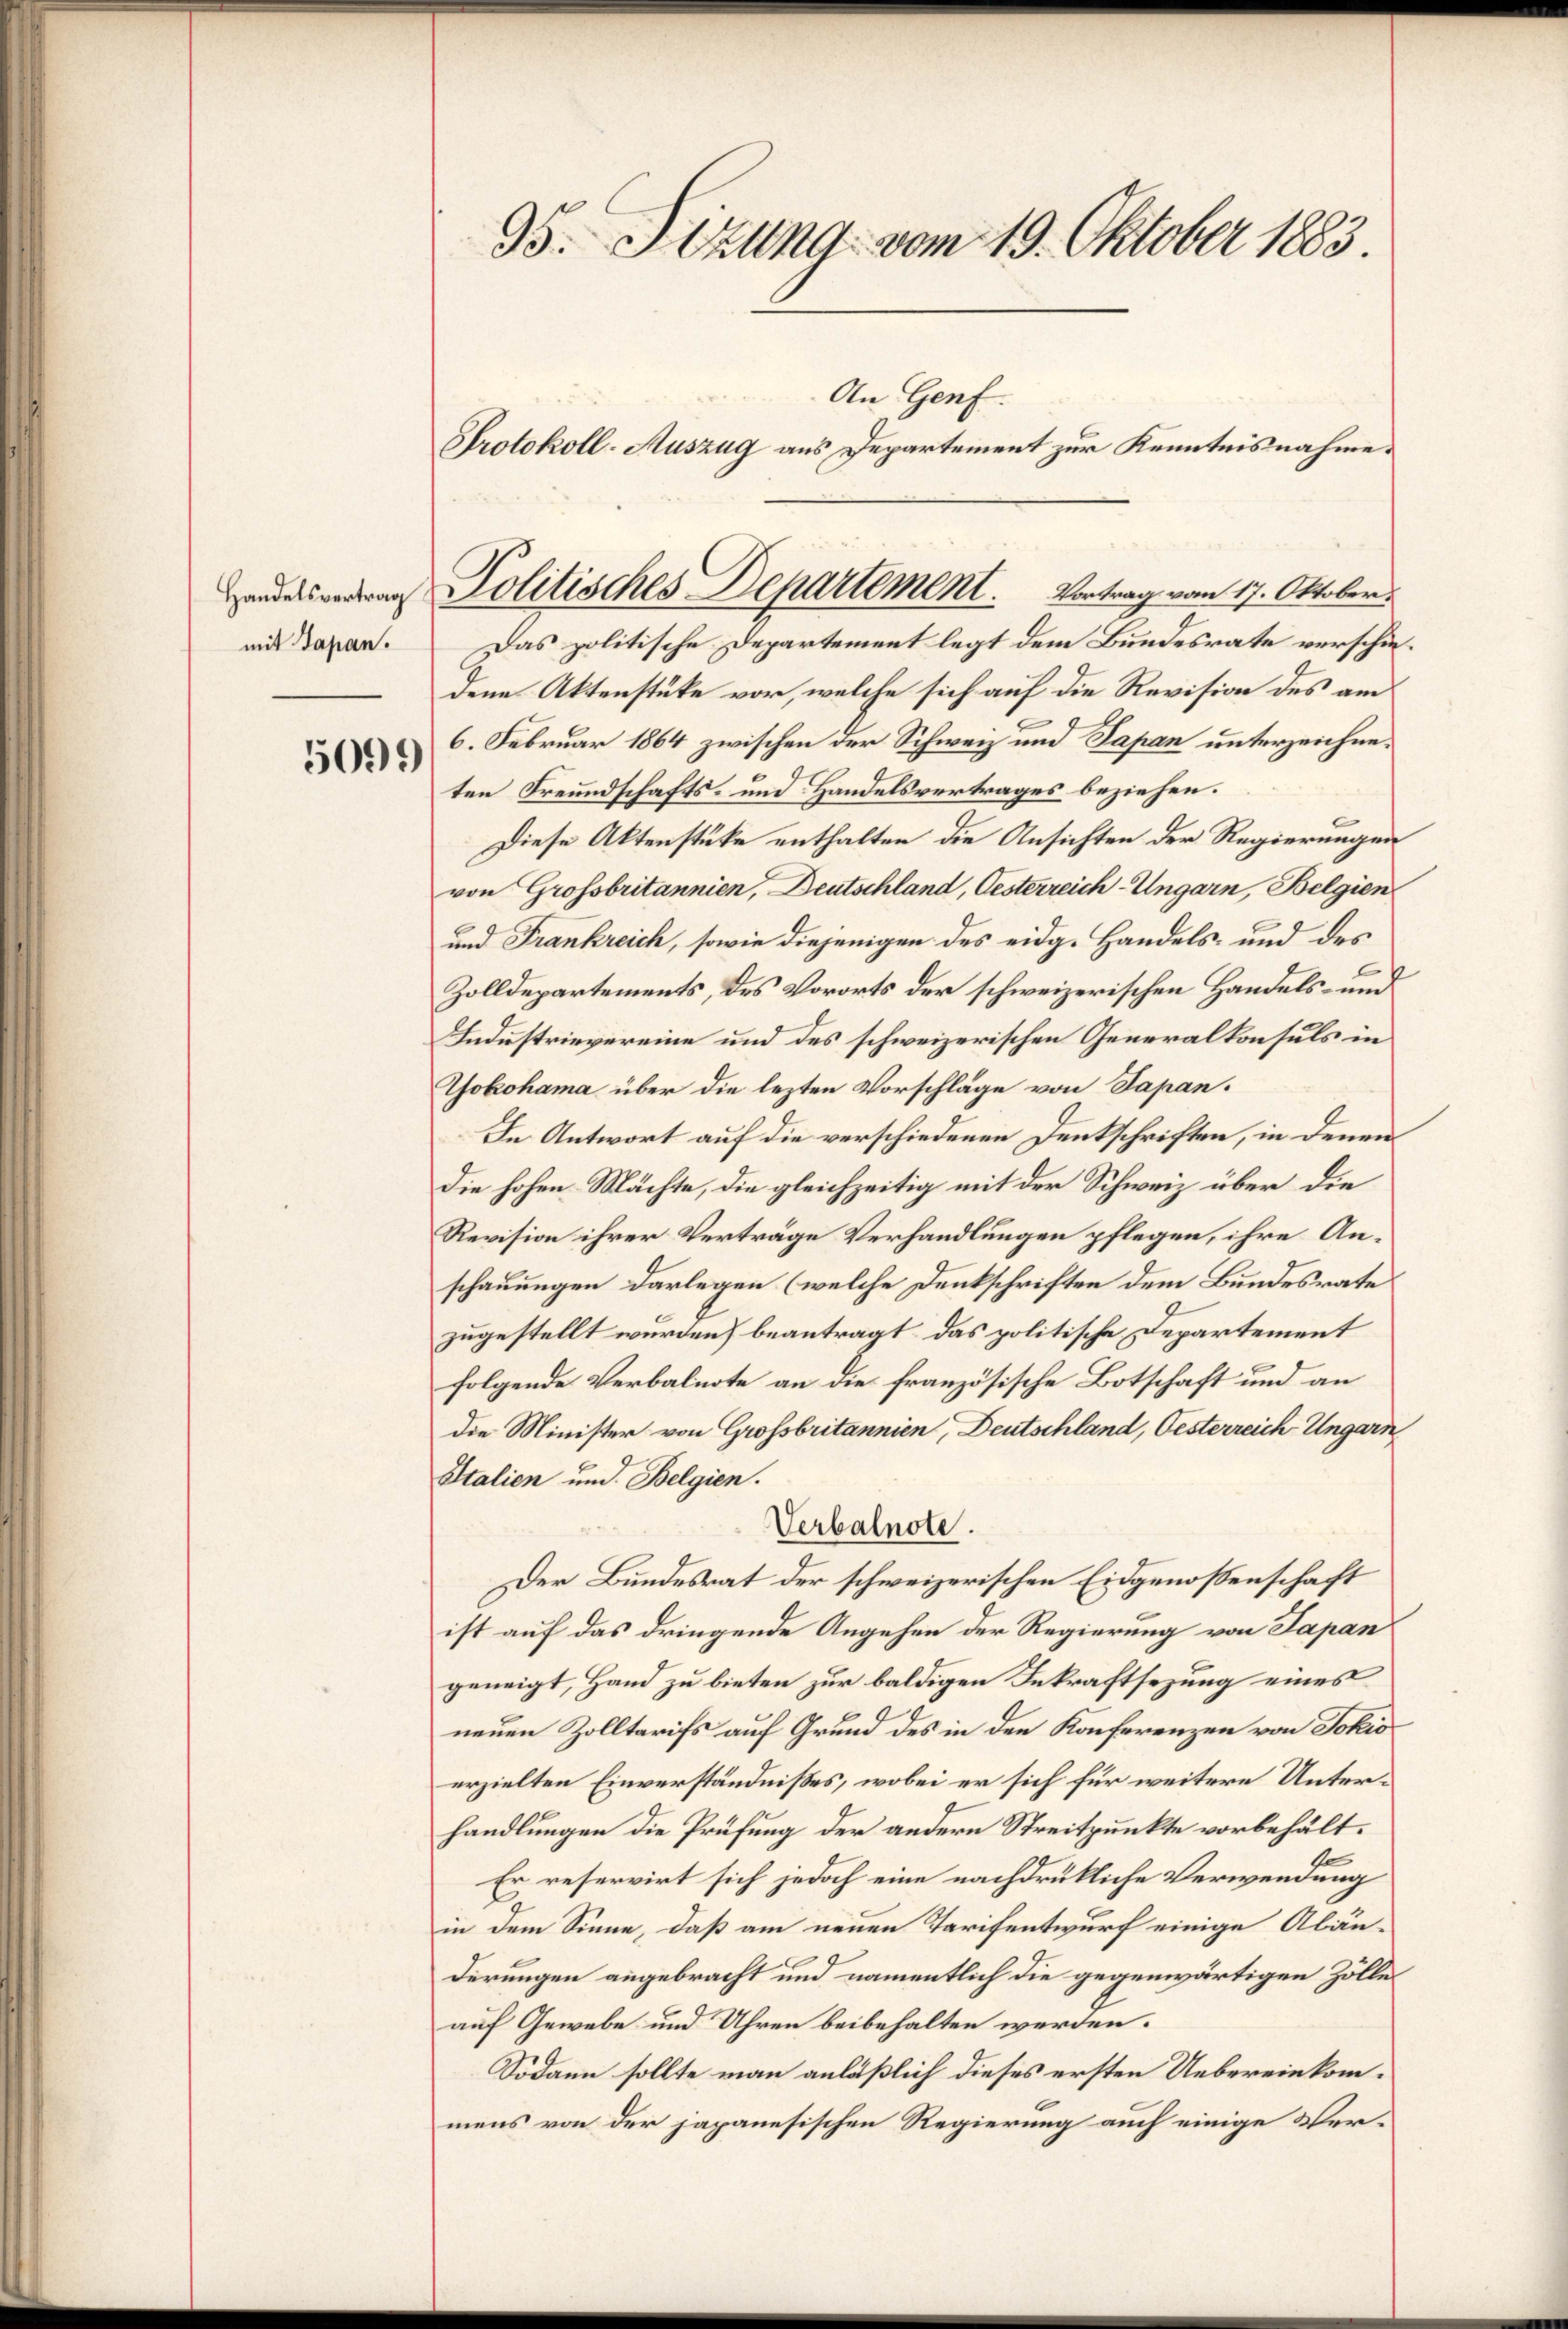
mit Sapan.

5099)

35. Sizung vom 19. Oktober 1883.
An Genf.
Protokoll-Auszug aus Departement zur Kenntnisnahme.

Das politische Departement legt dem Bundesrate verschiedene Aktenstüke vor, welche sich auf die Revision des am
6. Februar 1864 zwischen der Schweiz und Papan unterzeichneten Freundschafts- und Handelsvertrages beziehen.
Diese Aktenstüke enthalten die Ansichten der Regierungen
von Grossbritannien, Deutschland, Oesterreich-Ungarn, Belgien
und Frankreich, sowie diejenigen des eidg. Handels- und des
Zolldepartements, des Vororts der schweizerischen Handels- und
Industrievereine und des schweizerischen Generalkonsuls in
Yokohama über die lezten Vorschläge von Papan.
In Antwort auf die verschiedenen Denkschriften, in denen
die hohen Mächte, die gleichzeitig mit der Schweiz über die
Revision ihrer Verträge Verhandlungen pflegen, ihre Anschauungen darlegen (welche Denkschriften dem Bundesrate
zugestellt wurden) beantragt, das politische Departement
folgende Verbalnote an die französische Botschaft und an
die Minister von Grossbritannien, Deutschland, Oesterreich Ungarn
Italien und Belgien.
Verbalnote.
Der Bundesrat der schweizerischen Eidgenossenschaft
ist auf das dringende Angehen der Regierung von Japan
geneigt, Hand zu bieten zur baldigen Inkraftsezung eines
neuen Zolltarifs auf Grund des in den Konferenzen von Jokić
erzielten Einverständnißes, wobei er sich für weitere Unterhandlungen die Prüfung der andern Streitpunkte vorbehältf
Er reservirt sich jedoch eine nachdrükliche Verwendung
in dem Sinne, daß am neuen Tarifentwurf einige Abänderungen angebracht und namentlich die gegenwärtigen Zölle
auf Gewebe und Uhren beibehalten werden.
Sodann sollte man anläßlich dieses ersten Uebereinkommens von der japanesischen Regierung auch einige Ver¬

Handelsvertrag Politisches Departement. Vortrag vom 17. Oktober.